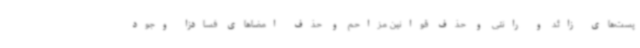
پست‌های زائد و رانتی و حذف قوانین مزاحم و حذف امضاهای فسادزا وجود